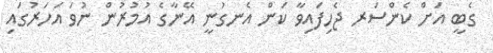
ގެބީ އަށް ކެންސަރ ޖެހިފައިވާ ކަން އެނގުނީ އޭނާގެ އުމުރުން ނުވަ އަހަރުގައި